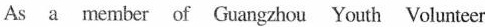
As a member of Guangzhou Youth Volunteer